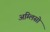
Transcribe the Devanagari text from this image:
अम्लिसो